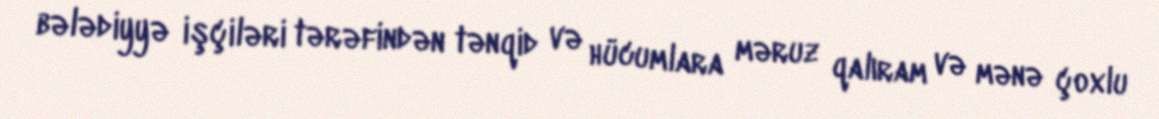
bələdiyyə işçiləri tərəfindən tənqid və hücumlara məruz qalıram və mənə çoxlu